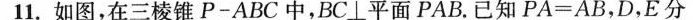
11.如图，在三棱锥P-ABC中，BC⊥平面PAB。已知$$P A = A B，D，E分